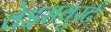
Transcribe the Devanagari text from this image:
वेइसवुर्स्ट